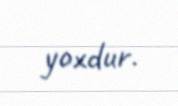
yoxdur.